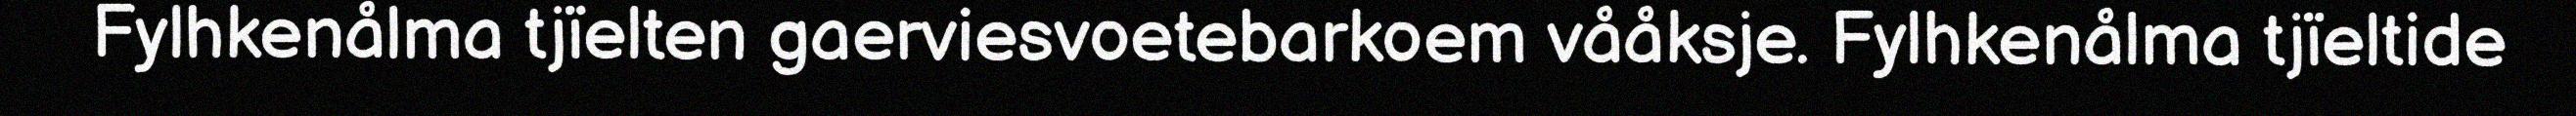
Fylhkenålma tjïelten gaerviesvoetebarkoem vååksje. Fylhkenålma tjïeltide